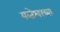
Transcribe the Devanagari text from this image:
यव्तेश्वरच्या